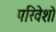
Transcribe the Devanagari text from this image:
परिवेशो